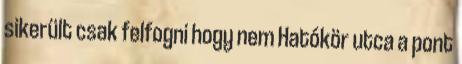
sikerült csak felfogni hogy nem Hatókör utca a pont